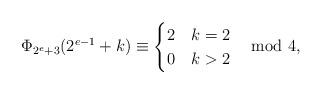
LaTeX: \begin{align*}\Phi_{2^e+3}(2^{e-1}+k)\equiv\begin{cases}2&k=2\\ 0&k>2\end{cases} \mod 4,\end{align*}